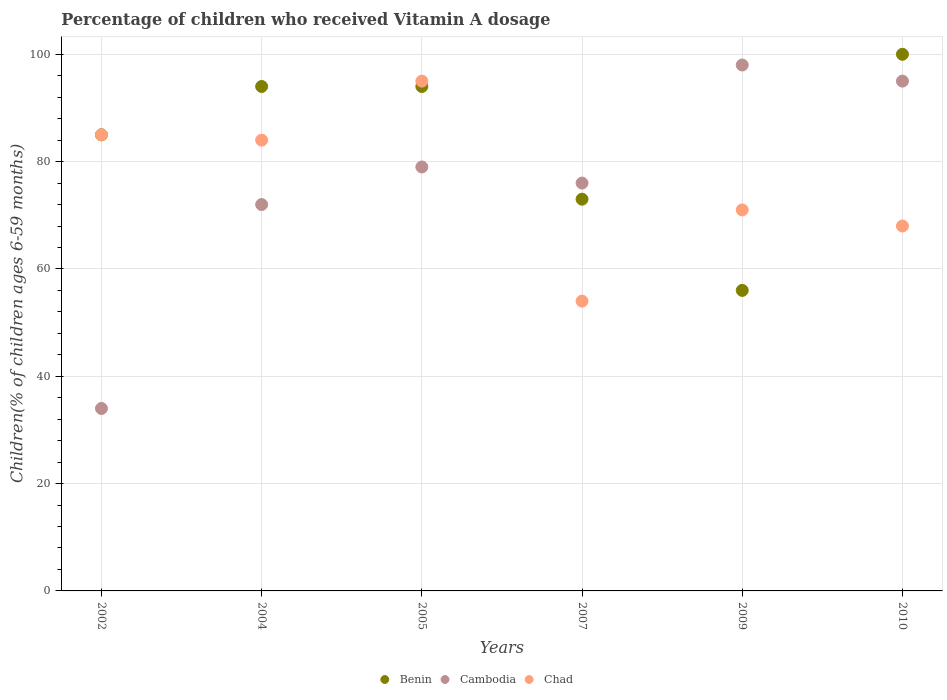
| Years | Benin | Cambodia | Chad |
 | --- | --- | --- | --- |
 | 2002 | 85 | 34 | 85 |
 | 2004 | 94 | 72 | 84 |
 | 2005 | 94 | 79 | 95 |
 | 2007 | 73 | 76 | 54 |
 | 2009 | 56 | 98 | 71 |
 | 2010 | 100 | 95 | 68 |